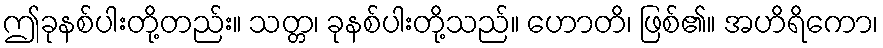
ဤခုနစ်ပါးတို့တည်း။ သတ္တ၊ ခုနစ်ပါးတို့သည်။ ဟောတိ၊ ဖြစ်၏။ အဟိရိကော၊